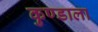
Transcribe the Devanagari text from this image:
कुण्डाला